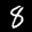
Label: 8